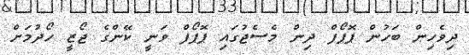
ދިވެހިން ބަހުން ޕޮޕޯފް ދިން މެސެޖުގައި ޕޮޕޯފް ވަނީ ކޭންގެ ޖޯޒީ ހޯދުމަށް